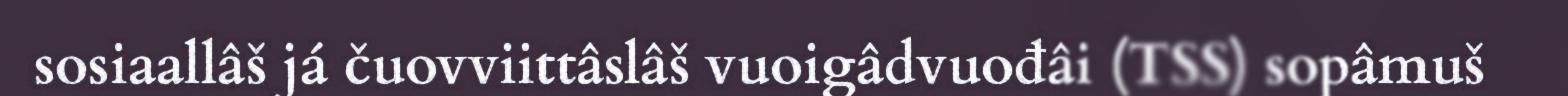
sosiaallâš já čuovviittâslâš vuoigâdvuođâi (TSS) sopâmuš